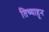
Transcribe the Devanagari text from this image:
तिच्याहून